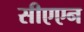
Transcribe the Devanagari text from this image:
सीएएन